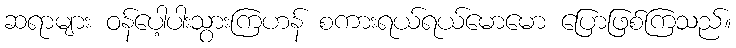
ဆရာများ ဝန်ပေါ့ပါးသွားကြဟန် စကားရယ်ရယ်မောမော ပြောဖြစ်ကြသည်။